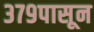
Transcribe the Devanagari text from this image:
३७९पासून